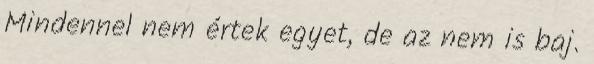
Mindennel nem értek egyet, de az nem is baj.